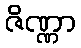
ဇိဏ္ဏာ